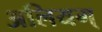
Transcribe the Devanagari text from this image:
अलियम्